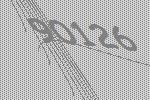
90126